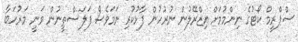
ސްޕްރީމް ކޯޓުގެ ނިންމުމަށް އިޒްރޭލުން ނުރުހުން ފާޅުކުރި ނަމަވެސް ފަލަސްތީނުން ވަނީ މަރުހަބާ